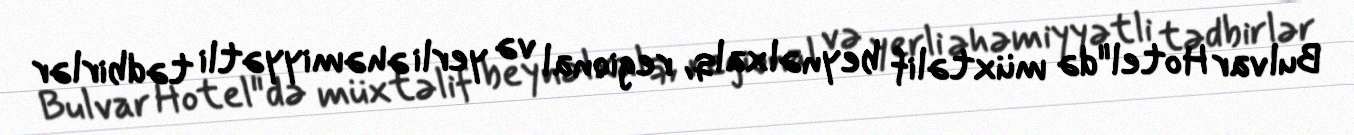
Bulvar Hotel"də müxtəlif beynəlxalq, regional və yerli əhəmiyyətli tədbirlər